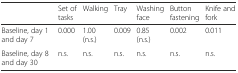
<table><thead><tr><td></td><td><b>Set of tasks</b></td><td><b>Walking</b></td><td><b>Tray</b></td><td><b>Washing face</b></td><td><b>Button fastening</b></td><td><b>Knife and fork</b></td></tr></thead><tbody><tr><td>Baseline, day 1 and day 7</td><td>0.000</td><td>1.00 (n.s.)</td><td>0.009</td><td>0.85 (n.s.)</td><td>0.002</td><td>0.011</td></tr><tr><td>Baseline, day 8 and day 30</td><td>n.s.</td><td>n.s.</td><td>n.s.</td><td>n.s.</td><td>n.s.</td><td>n.s.</td></tr></tbody></table>